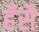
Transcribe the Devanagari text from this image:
हँसै